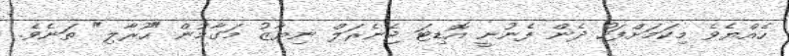
ހެއްޔެވެ މިކަމަށްފަހު ދެން ފެނުނީ އޮޑިޓަ ޖެނެރަލް ނިޔާޒު މަގާމުން "ހޫރާލި" ތަނެވެ.